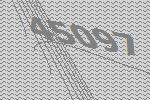
45097